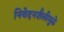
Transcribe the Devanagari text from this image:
निवेदनशैलीमुळे